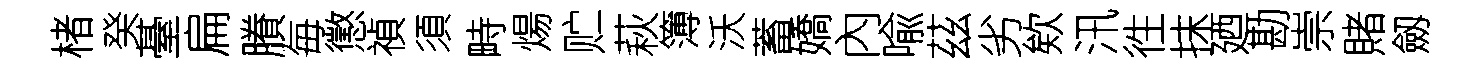
楮癸䑓扁賸毎懲禎須畤煬贮萩簿沃蓄嬌內喩茲劣欸汛徃抹廼勘崇賭劔